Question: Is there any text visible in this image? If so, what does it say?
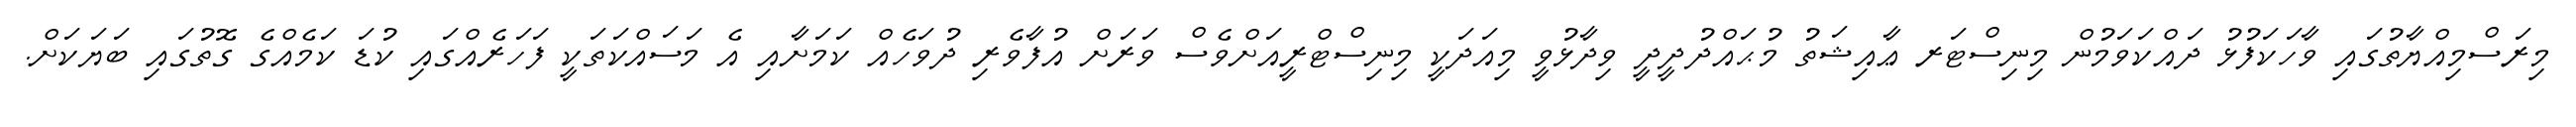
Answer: މިރަސްމިއްޔާތުގައި ވާހަކަފުޅު ދައްކަވަމުން މިނިސްޓަރ ޢާއިޝަތު މުޙައްދުދީދީ ވިދާޅުވީ މިއަދަކީ މިނިސްޓްރީއަށްވެސް ވަރަށް އުފާވެރި ދުވަހެއް ކަމަށާއި އެ މަސައްކަތަކީ ފަހަރެއްގައި ކުޑަ ކަމެއްގެ ގޮތުގައި ބަޔަކަށް.